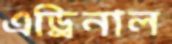
এড্রিনাল